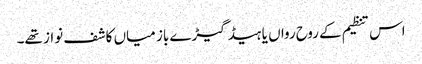
اس تنظیم کے روح رواں یا ہیڈ گیڑے باز میاں کاشف نواز تھے۔